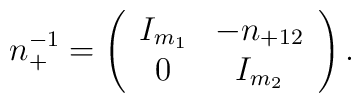
n_+^{-1} = \left( \begin{array}{cc}I_{m_1} & - n_{+12} \\0 & I_{m_2}\end{array} \right).